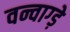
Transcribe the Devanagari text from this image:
वन्वाग्ड़े